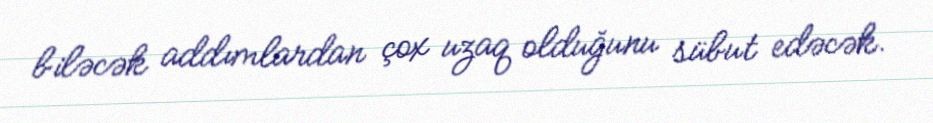
biləcək addımlardan çox uzaq olduğunu sübut edəcək.